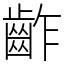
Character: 齚